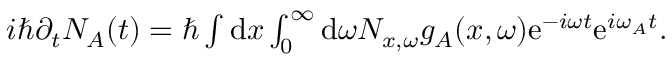
\begin{array} { r } { i \hbar \partial _ { t } N _ { A } ( t ) = \hbar \int \mathrm { d } x \int _ { 0 } ^ { \infty } \mathrm { d } \omega N _ { x , \omega } g _ { A } ( x , \omega ) \mathrm { e } ^ { - i \omega t } \mathrm { e } ^ { i \omega _ { A } t } . } \end{array}